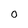
Character: 0